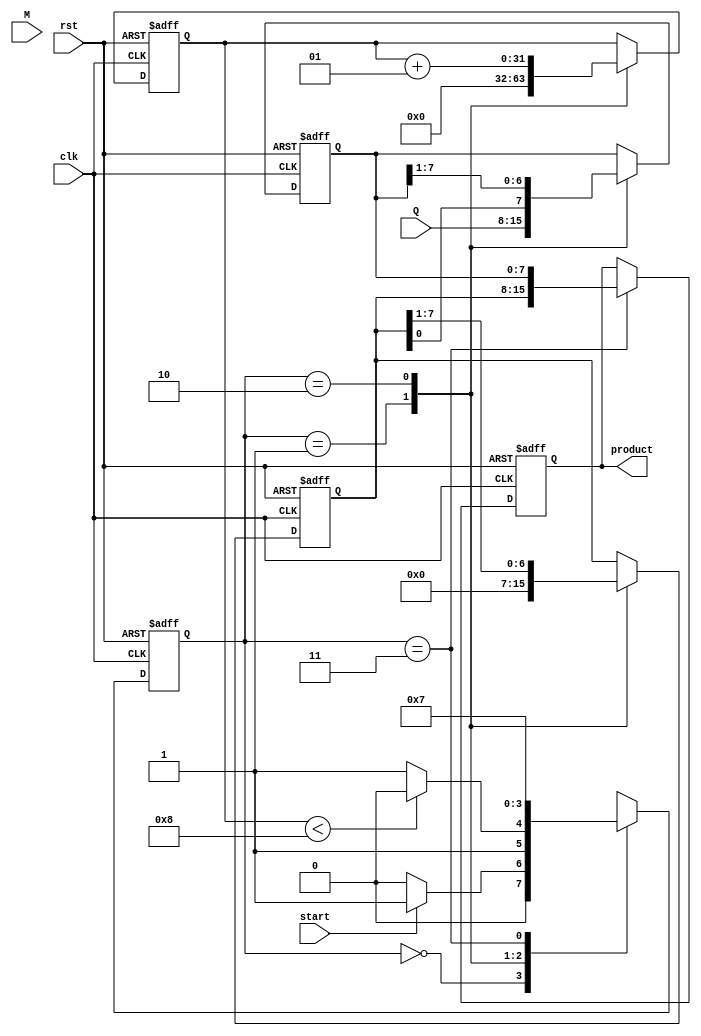
module BoothMultiplier #(parameter WIDTH = 8) (
    input wire [WIDTH-1:0] M,         // Multiplicand
    input wire [WIDTH-1:0] Q,         // Multiplier
    input wire clk,                    // Clock signal
    input wire rst,                    // Reset signal
    input wire start,                  // Start signal
    output reg [2*WIDTH-1:0] product   // Final product
);

    reg [WIDTH-1:0] A;                // A register
    reg [WIDTH-1:0] Q_temp;            // Q register (temp)
    reg Q_1;                           // Q-1 register
    integer count;                     // Loop counter

    localparam IDLE = 2'b00,
               INIT = 2'b01,
               COMPUTE = 2'b10,
               DONE = 2'b11;

    reg [1:0] state, next_state;

    // State transition logic
    always @(posedge clk or posedge rst) begin
        if (rst) begin
            state <= IDLE;
        end else begin
            state <= next_state;
        end
    end

    // Next state logic
    always @(*) begin
        case (state)
            IDLE: begin
                if (start)
                    next_state = INIT;
                else
                    next_state = IDLE;
            end
            INIT: begin
                if (count < WIDTH)
                    next_state = COMPUTE;
                else
                    next_state = DONE;
            end
            COMPUTE: begin
                next_state = INIT;
            end
            DONE: begin
                next_state = DONE;  // Remain in DONE state
            end
            default: next_state = IDLE;
        endcase
    end

    // Main operations
    always @(posedge clk or posedge rst) begin
        if (rst) begin
            A <= 0;
            Q_temp <= 0;
            Q_1 <= 0;
            product <= 0;
            count <= 0;
        end else begin
            case (state)
                INIT: begin
                    A <= 0;                 // Initialize A
                    Q_temp <= Q;            // Load Q
                    Q_1 <= 0;               // Initialize Q-1
                    count <= 0;             // Initialize counter
                end
                COMPUTE: begin
                    // Check last two bits of Q and Q-1
                    case ({Q_temp[0], Q_1})
                        2'b01: A <= A + M;  // A = A + M
                        2'b10: A <= A - M;  // A = A - M
                        default: ;          // Do nothing for 00 and 11
                    endcase
                    // Right shift A and Q
                    {A, Q_temp} <= {A, Q_temp} >>> 1;
                    Q_1 <= Q_temp[0];       // Update Q-1
                    count <= count + 1;     // Increment counter
                end
                DONE: begin
                    product <= {A, Q_temp}; // Concatenate A and Q
                end
                default: ;
            endcase
        end
    end
endmodule